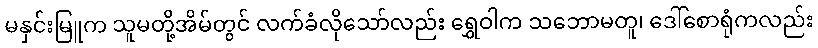
မနှင်းမြူက သူမတို့အိမ်တွင် လက်ခံလိုသော်လည်း ရွှေဝါက သဘောမတူ၊ ဒေါ်စောရုံကလည်း